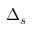
\Delta _ { s }